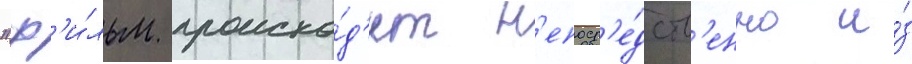
"ф'и́льм происхо́д'ит н'епоср'е́дств'енно и́з